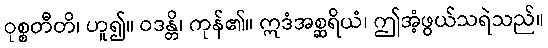
ဝုစ္စတီတိ၊ ဟူ၍။ ဝဒန္တိ၊ ကုန်၏။ ဣဒံအစ္ဆရိယံ၊ ဤအံ့ဖွယ်သရဲသည်။